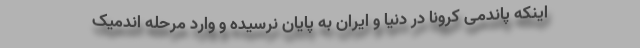
اینکه پاندمی کرونا در دنیا و ایران به پایان نرسیده و وارد مرحله اندمیک